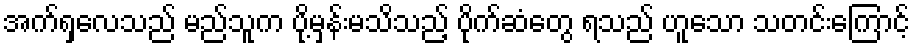
အက်ရှလေသည် မည်သူက ပို့မှန်းမသိသည့် ပိုက်ဆံတွေ ရသည် ဟူသော သတင်းကြောင့်